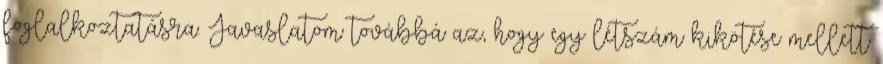
foglalkoztatásra. Javaslatom továbbá az, hogy egy létszám kikötése mellett